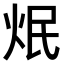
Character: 𤇜